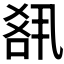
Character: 𪡘